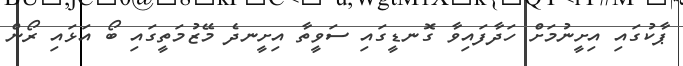
ޕާކުގައި އިށީނުމަށް ހަދާފައިވާ ގޮނޑީގައި ސަވީތާ އިށީނދެ މޭޒުމަތީގައި ބޯ އަޅައި ރޯން